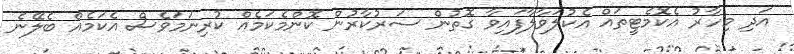
އަދި މިހާރު އެކޮމެޓީތައް އެކުލަވާލާފައިވާ ގޮތުން ސަރުކާރުން ކޮންމެކަމެއް ކުރިނަމަވެސް އެކަމެއް ބެލޭނެ